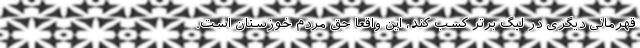
قهرمانی دیگری در لیگ برتر کسب کند، این واقعا حق مردم خوزستان است.